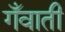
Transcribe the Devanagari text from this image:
गँवाती